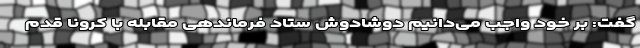
گفت: بر خود واجب می‌دانیم دوشادوش ستاد فرماندهی مقابله با کرونا قدم